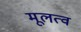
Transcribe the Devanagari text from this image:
मूलत्व